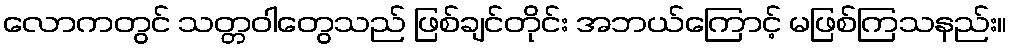
လောကတွင် သတ္တဝါတွေသည် ဖြစ်ချင်တိုင်း အဘယ်ကြောင့် မဖြစ်ကြသနည်း။